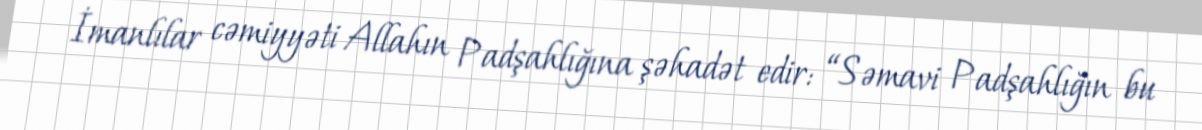
İmanlılar cəmiyyəti Allahın Padşahlığına şəhadət edir: “Səmavi Padşahlığın bu